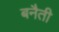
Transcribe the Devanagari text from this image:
बनैती